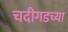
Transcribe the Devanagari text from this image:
चदीगडच्या